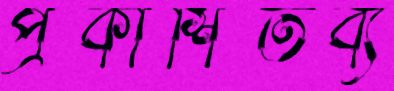
প্রকাশিতব্য